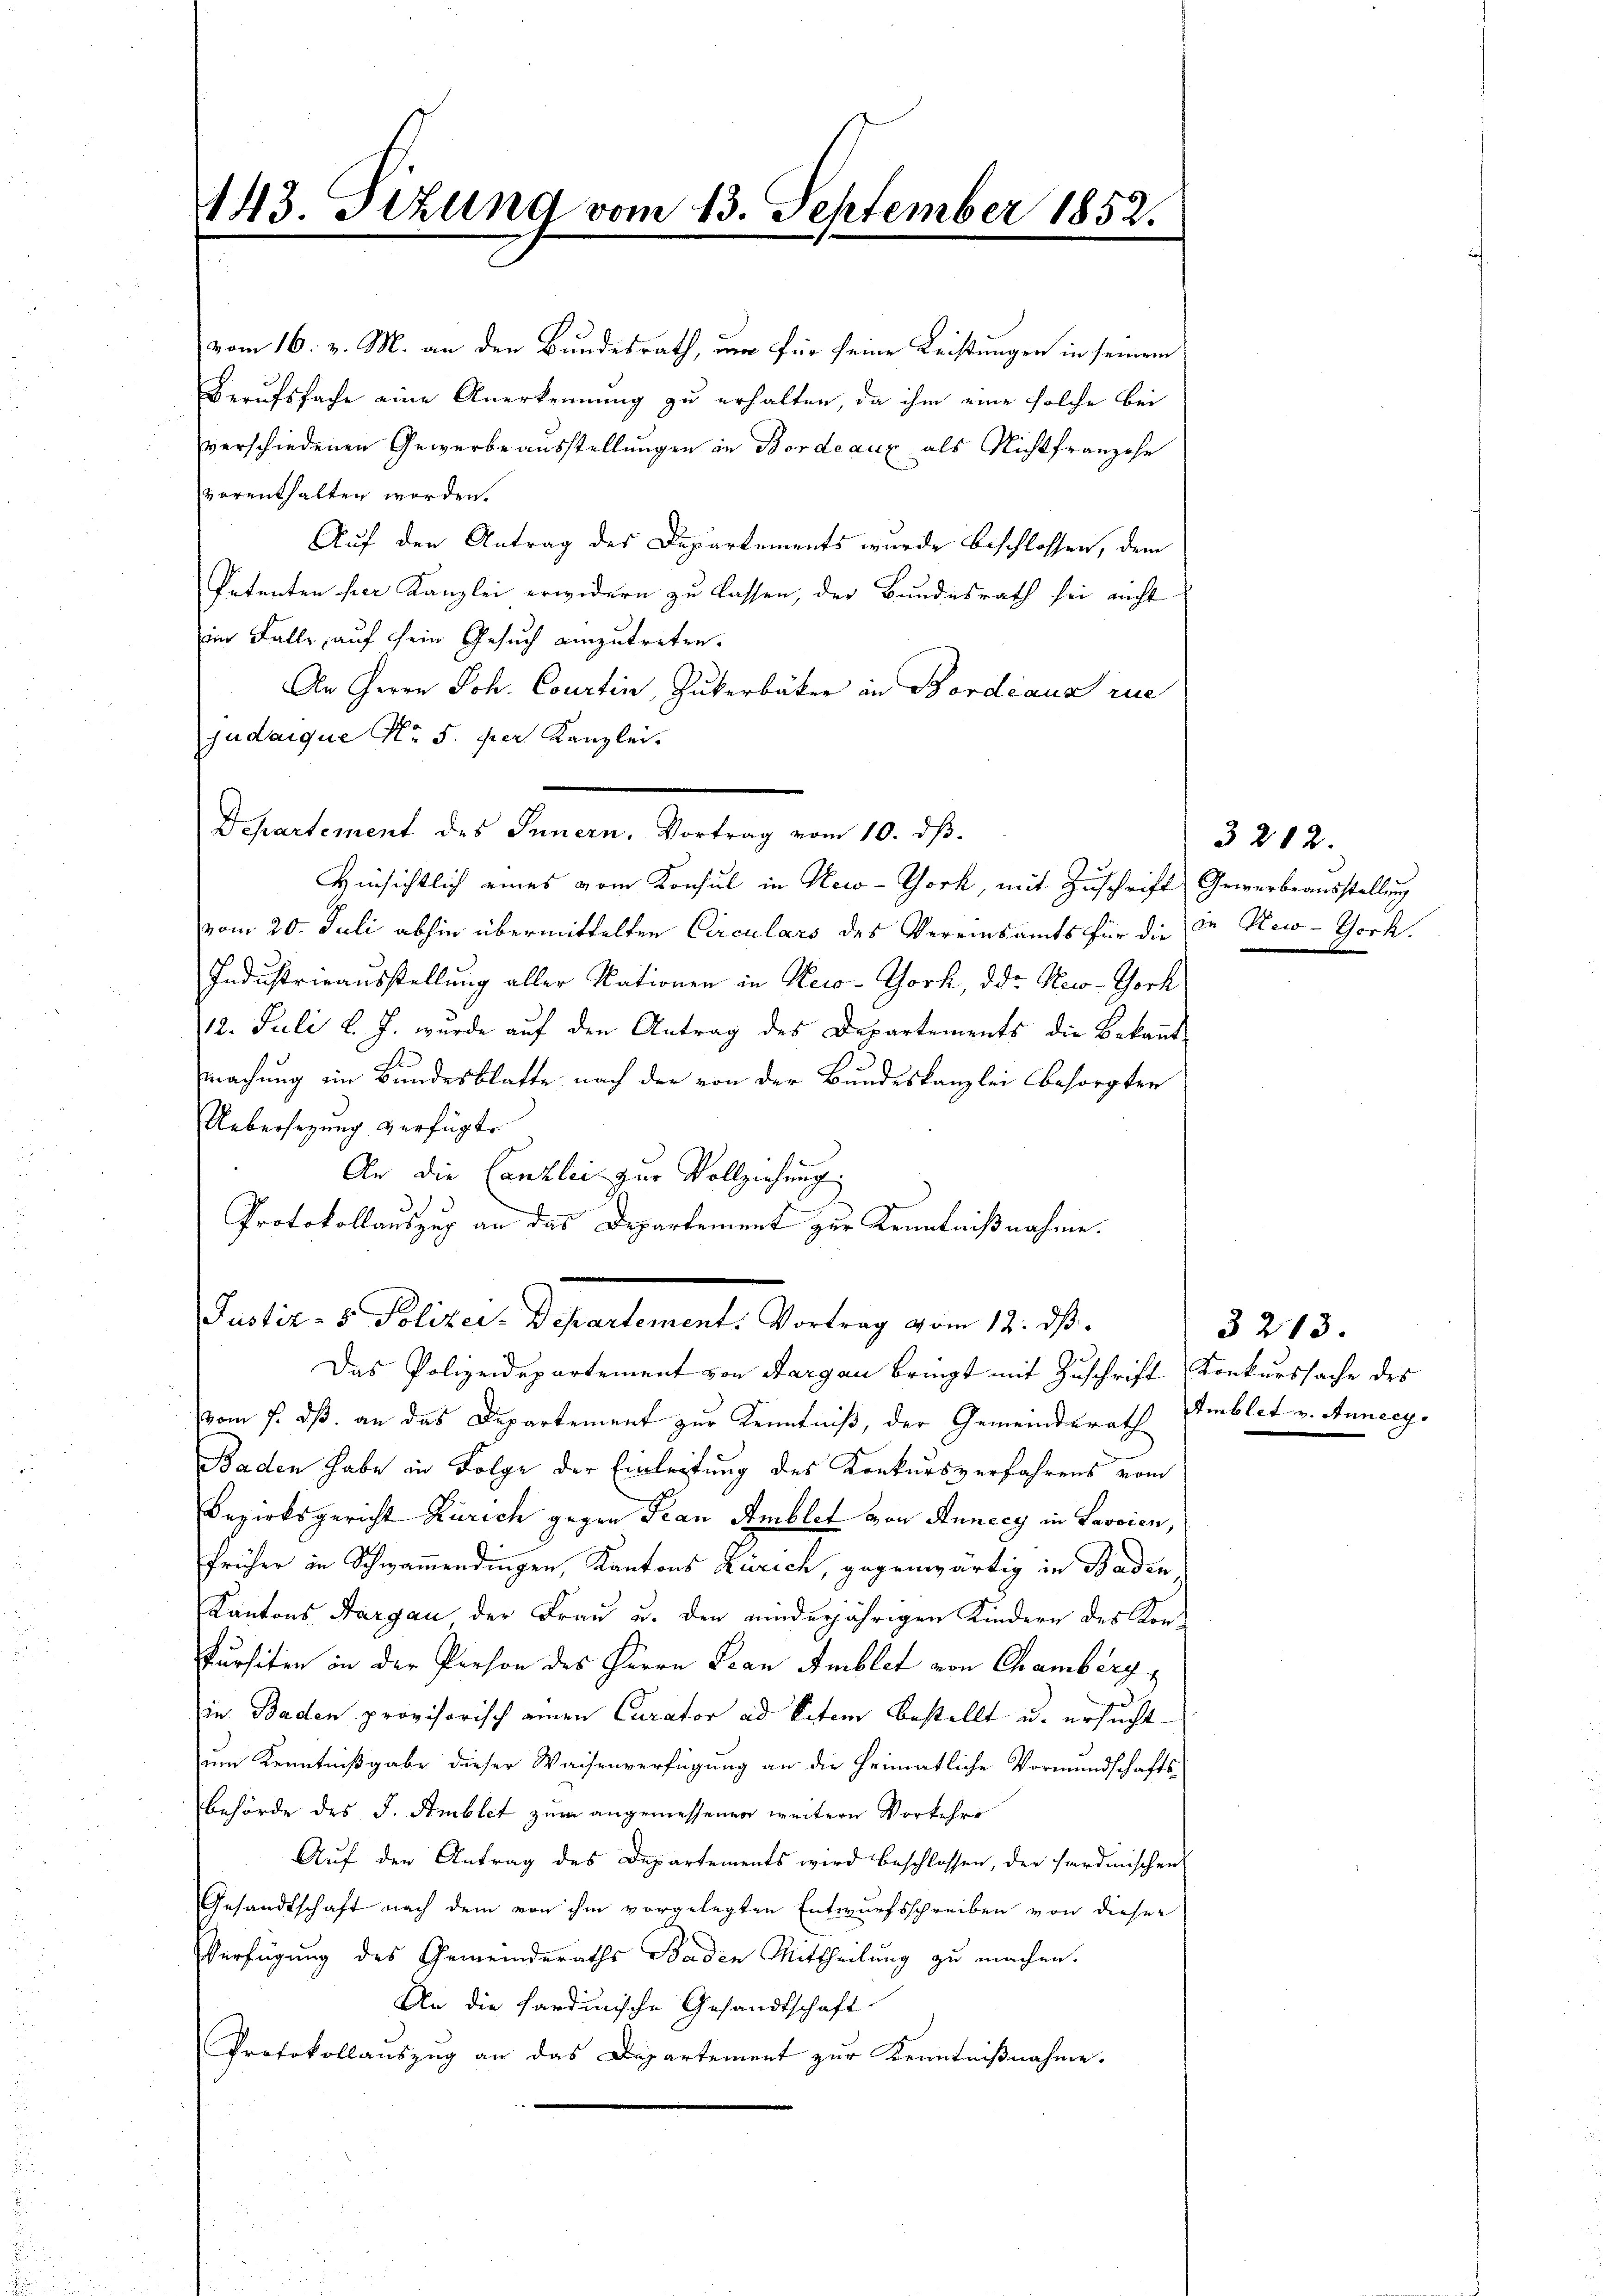
143. Sitzung vom 13. September 1852.

vom 16. v. M. an den Bundesrath, um für seine Leistungen in seinem
Berufsfache eine Anerkennung zu erhalten, da ihm eine solche bei
verschiedenen Gewerbe ausstellungen in Bordeaux als Nichtfranzose
vorenthalten worden.
Auf den Antrag des Departements wurde beschlossen, dem
Petenten her Kanzlei erwidern zu lassen, der Bundesrath sei nicht
im Falle, auf sein Gesuch einzutreten.
An Herrn Joh. Courtin, Zukerbäcker in Bordeaus rue
judaique No. 5. per Kanzlei.
vom 20. Juli abhin übermittelten Circulars des Vereinsamts für die in New-Thork
Industrieausstellung aller Nationen in Neco-York, der New-York
12. Juli l. J. wurde auf den Antrag des Departements die Bekannt
machung im Bundesblatte nach der von der Bundeskanzlei besorgten
Uebersezung verfügte
An die Canzlei zur Vollziehung
Protokollauszug an das Departement zur Kenntnißnahme.
Justiz- & Polizer-Departement. Vortrag vom 12. ds.
Das Polizeidepartement von Aargau bringt mit Zuschrift Konkurssache des
vom 5. dß. an das Departement zur Kenntniß, der Gemeinderath Amblet v. Anneey¬
Baden habe in Folge der Einleitung des Konkursverfahrens vom
Bezirksgericht Zürich gegen Frau Amblet von Annecy in Lavoien,
früher in Schwamendingen, Kantons Zürich, gegenwärtig in Baden
Kantons Aargau der Frau u. den minderjährigen Kindern des Konkursiten in der Person des Herrn Frau Amblet von Chamberg,
in Baden provisorisch einen Curator ad Peten bestellt u. ersucht
um Kenntnißgabe dieser Waisenverfügung an die heimatliche Vormundschafts
behörde des J. Amblet zum angemessenen weitern Vorkehrs
Auf den Antrag des Departements wird beschlossen, der Hardmischen
Gesandtschaft nach dem von ihm vorgelegten Entwurfsschreiben von dieser
Verfügung des Gemeinderaths Baden Mittheilung zu machen.
An die Sardinische Gesandtschaft
Protokollauszug an das Departement zur Kenntnißnahme.

desartement der Ferneren Bertung von 10. d.

Hinsichtlich eines vom Konsul in New-York, mit Zuschrift Gewerbsausstellung

3212.

3213.